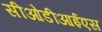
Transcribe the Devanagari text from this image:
सीओडीआईएस